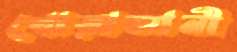
খোরাসানী